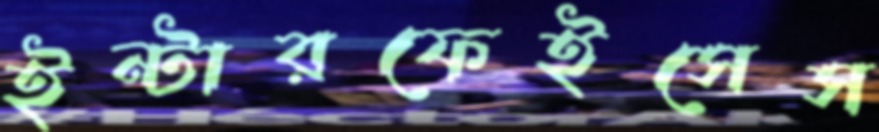
ইন্টারফেইসেস